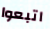
اتبعوا